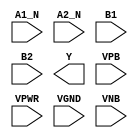
module sky130_fd_sc_hdll__a2bb2oi (
    //# {{data|Data Signals}}
    input  A1_N,
    input  A2_N,
    input  B1  ,
    input  B2  ,
    output Y   ,

    //# {{power|Power}}
    input  VPB ,
    input  VPWR,
    input  VGND,
    input  VNB
);
endmodule